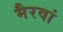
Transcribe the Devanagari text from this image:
मैरवां